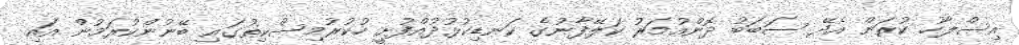
އިސްލާހު ކުރަން އެދޭ ސަބަބު ދޮންއުމަރު ކަލޭފާނުގެ ކަނޑިކުޅުދުއްފުށީ ހުކުރުމިސްކިތުގައި ބޭނުންކުރަމުން އައި